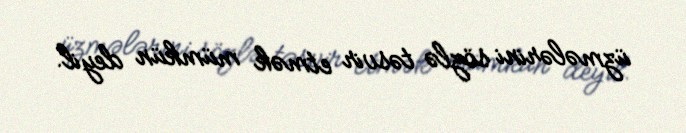
üzmələrini sözlə təsvir etmək mümkün deyil.